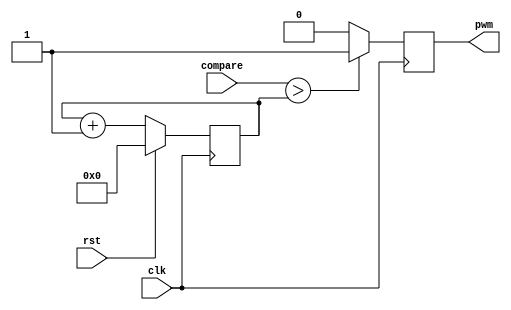

module pwm #(parameter CTR_LEN = 8) ( //parameter of no of counters
    input clk,
    input rst,
    input [CTR_LEN - 1 : 0] compare, //compare value
    output pwm
  );
 
  reg pwm_d, pwm_q;                  //reg is verilog syntax for value
  reg [CTR_LEN - 1: 0] ctr_d, ctr_q;
 
  assign pwm = pwm_q;
 
  always @(*) begin
    ctr_d = ctr_q + 1'b1;
 
    if (compare > ctr_q)            //compare value of counter with compare
      pwm_d = 1'b1;                 //creating 33% duty cycle
    else
      pwm_d = 1'b0;
  end
 
  always @(posedge clk) begin       
    if (rst) begin
      ctr_q <= 1'b0;
    end else begin
      ctr_q <= ctr_d;
    end
 
    pwm_q <= pwm_d;
  end
 
endmodule